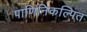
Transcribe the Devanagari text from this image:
पाणिनिकल्पित